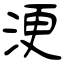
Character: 浭